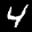
Label: 4